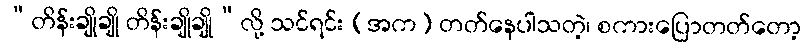
“တိန်းချိုချို တိန်းချိုချို”လို့ သင်ရင်း (အက) တတ်နေပါသတဲ့၊ စကားပြောတတ်တော့